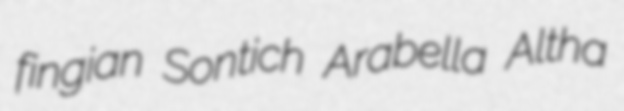
fingian Sontich Arabella Altha